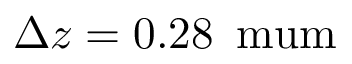
\Delta z = 0 . 2 8 \, \mathrm { \ m u m }